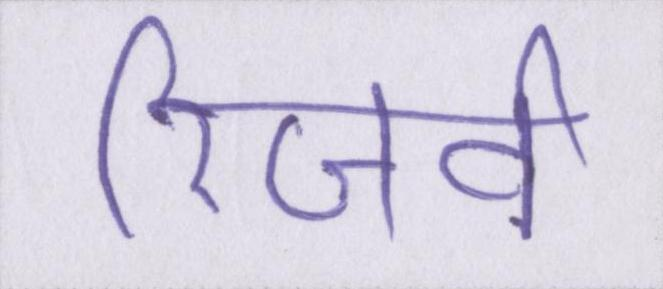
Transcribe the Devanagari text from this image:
रिजर्व